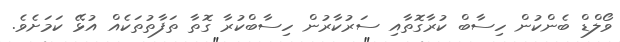
ވޯލްޑް ބެންކުން ހިސާބް ކުރާގޮތާއި ސަރުކާރުން ހިސާބްކުރާ ގޮތާ ތަފާތުތަކެއް އުޅޭ ކަމަށެވެ.